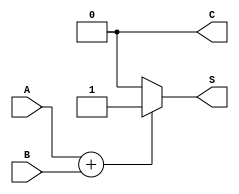
module threshold_half_adder (
    input wire A,  // First binary input
    input wire B,  // Second binary input
    output wire S, // Sum output
    output wire C  // Carry output
);

// Internal wire to hold the sum of inputs
wire sum;

// Compute the sum of inputs
assign sum = A + B;

// Threshold logic for Sum (S) and Carry (C)
assign S = (sum == 1) ? 1 : 0; // Sum is 1 if the sum of inputs is exactly 1
assign C = (sum == 2) ? 1 : 0; // Carry is 1 if the sum of inputs is exactly 2

endmodule